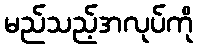
မည်သည့်အလုပ်ကို